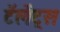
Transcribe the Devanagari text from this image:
टॅलेंट्स